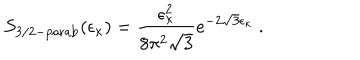
S _ { \mathrm { 3 / 2 - p a r a b } } ( \epsilon _ { \kappa } ) = \frac { \epsilon _ { \kappa } ^ { 2 } } { 8 \pi ^ { 2 } \sqrt { 3 } } e ^ { - 2 \sqrt { 3 } \epsilon _ { \kappa } } ~ .